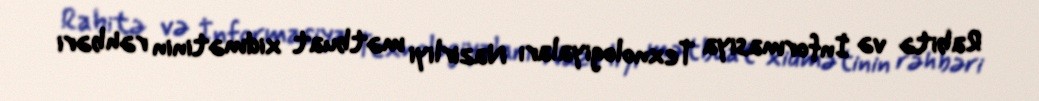
Rabitə və İnformasiya Texnologiyaları Nazirliyi mətbuat xidmətinin rəhbəri